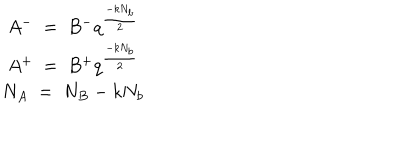
\begin{array} { c } { { A ^ { - } ~ = ~ B ^ { - } q ^ { \frac { - k N _ { b } } { 2 } } } } \\ { { A ^ { + } ~ = ~ B ^ { + } q ^ { \frac { - k N _ { b } } { 2 } } } } \\ { { N _ { A } ~ = ~ N _ { B } - k N _ { b } } } \\ \end{array}